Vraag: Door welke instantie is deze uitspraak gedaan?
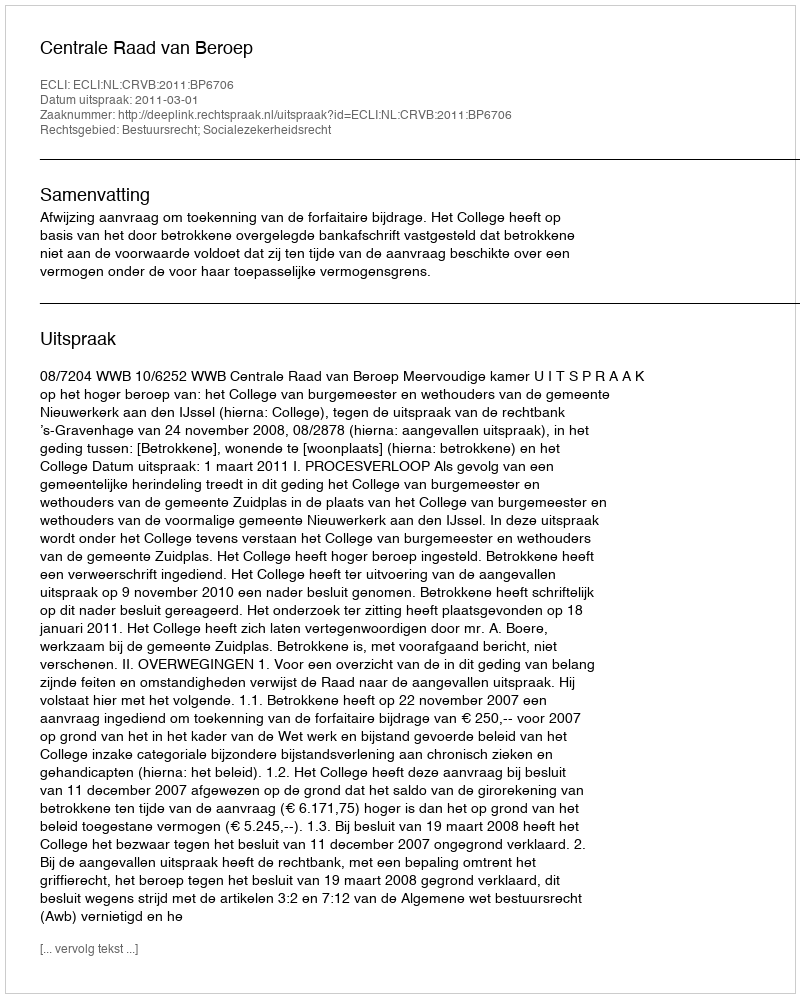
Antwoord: Centrale Raad van Beroep